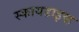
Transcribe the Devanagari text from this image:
स्कायडाइव्ह